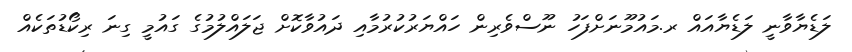
ލަޑެޔާވާނީ ލަޑެޔާއައް ރ.މައުމޫނަށްފަހު ނޫސްވެރިން ހައްޔަރުކުރުމާއި ދައުވާކޮށް ޖަލައްލުމުގެ ގައުމީ ގިނަ ރިކޯޑުތަކެއް